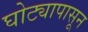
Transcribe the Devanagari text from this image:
घोट्यापासून